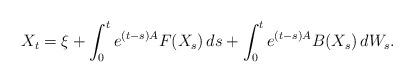
LaTeX: \begin{align*}X_t=\xi+\int_0^te^{(t-s)A}F(X_s)\, ds+ \int_0^te^{(t-s)A} B(X_s)\,dW_s.\end{align*}